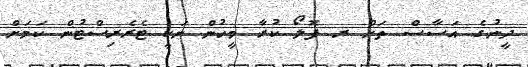
ދީނުގެ އަސާސް ތަށް ރ ފޮލޯ ކުރާ މީހުން ނަކީ ޓެރެރިސްޓުން ކަމަށް